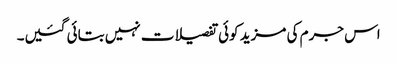
اس جرم کی مزید کوئی تفصیلات نہیں بتائی گئیں۔